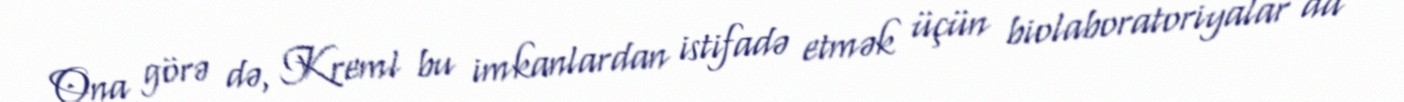
Ona görə də, Kreml bu imkanlardan istifadə etmək üçün biolaboratoriyalar da